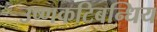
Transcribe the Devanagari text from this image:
उष्णकटिबन्धिय